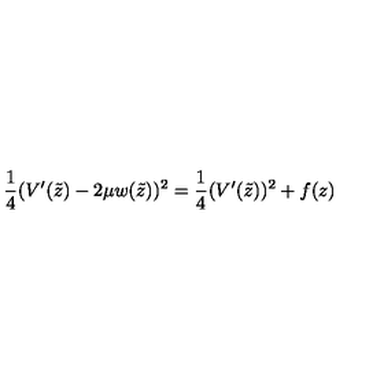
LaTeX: \frac 1 4 ( V ^ { \prime } ( \tilde { z } ) - 2 \mu w ( \tilde { z } ) ) ^ { 2 } = \frac 1 4 ( V ^ { \prime } ( \tilde { z } ) ) ^ { 2 } + f ( z )